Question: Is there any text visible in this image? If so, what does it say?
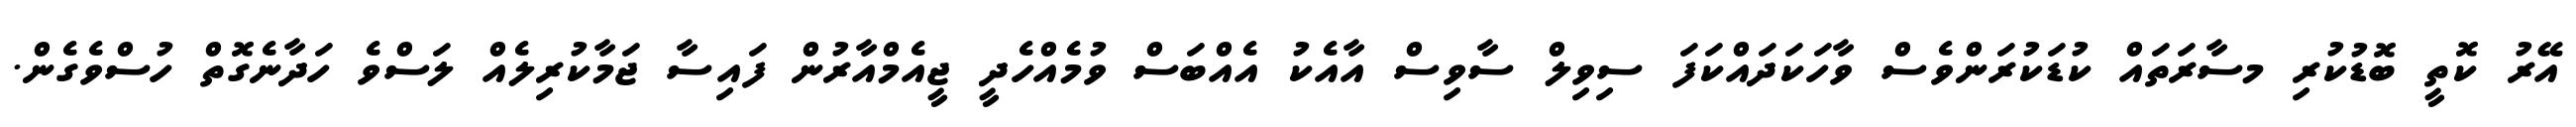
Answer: އޭރު ކޮތީ ބޮޑުކުރި މސާރަތައް ކުޑަކުރަންވެސް ވާހަކަދައްކަފަ ސިވިލް ސާވިސް އާއެކު އެއްބަސް ވުމެއްހެދީ ޖީއެމްއާރުން ފައިސާ ޖަމާކުރިލެއް ލަސްވެ ހަދާނެގޮތް ހުސްވެގެން.